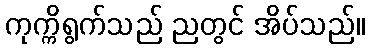
ကုက္ကိရွက်သည် ညတွင် အိပ်သည်။